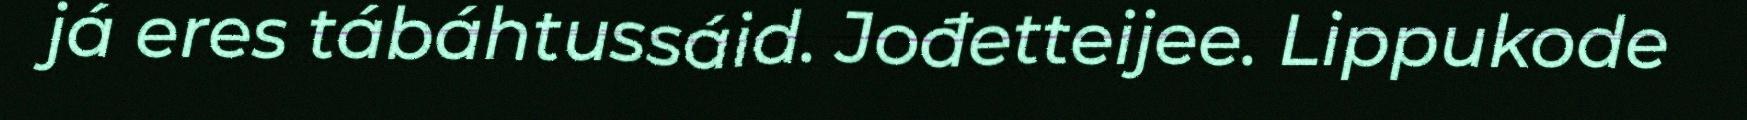
já eres tábáhtussáid. Jođetteijee. Lippukode